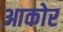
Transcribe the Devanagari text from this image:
आकोर